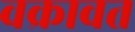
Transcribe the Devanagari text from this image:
वक्रावत